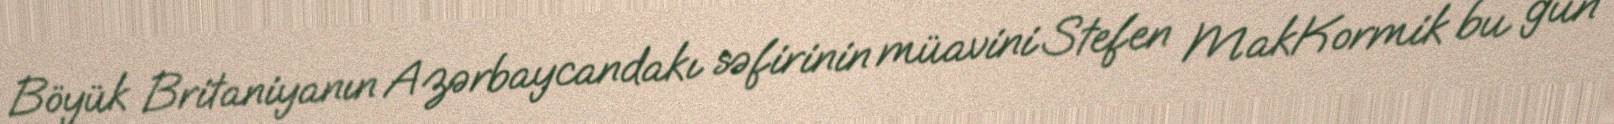
Böyük Britaniyanın Azərbaycandakı səfirinin müavini Stefen MakKormik bu gün